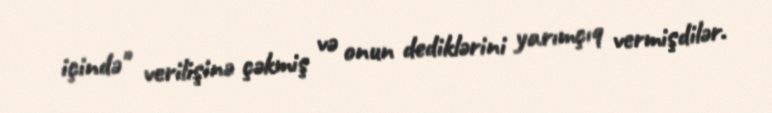
içində" verilişinə çəkmiş və onun dediklərini yarımçıq vermişdilər.